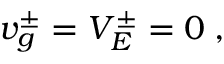
\begin{array} { r } { v _ { g } ^ { \pm } = V _ { E } ^ { \pm } = 0 \; , } \end{array}